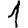
Digit: 1